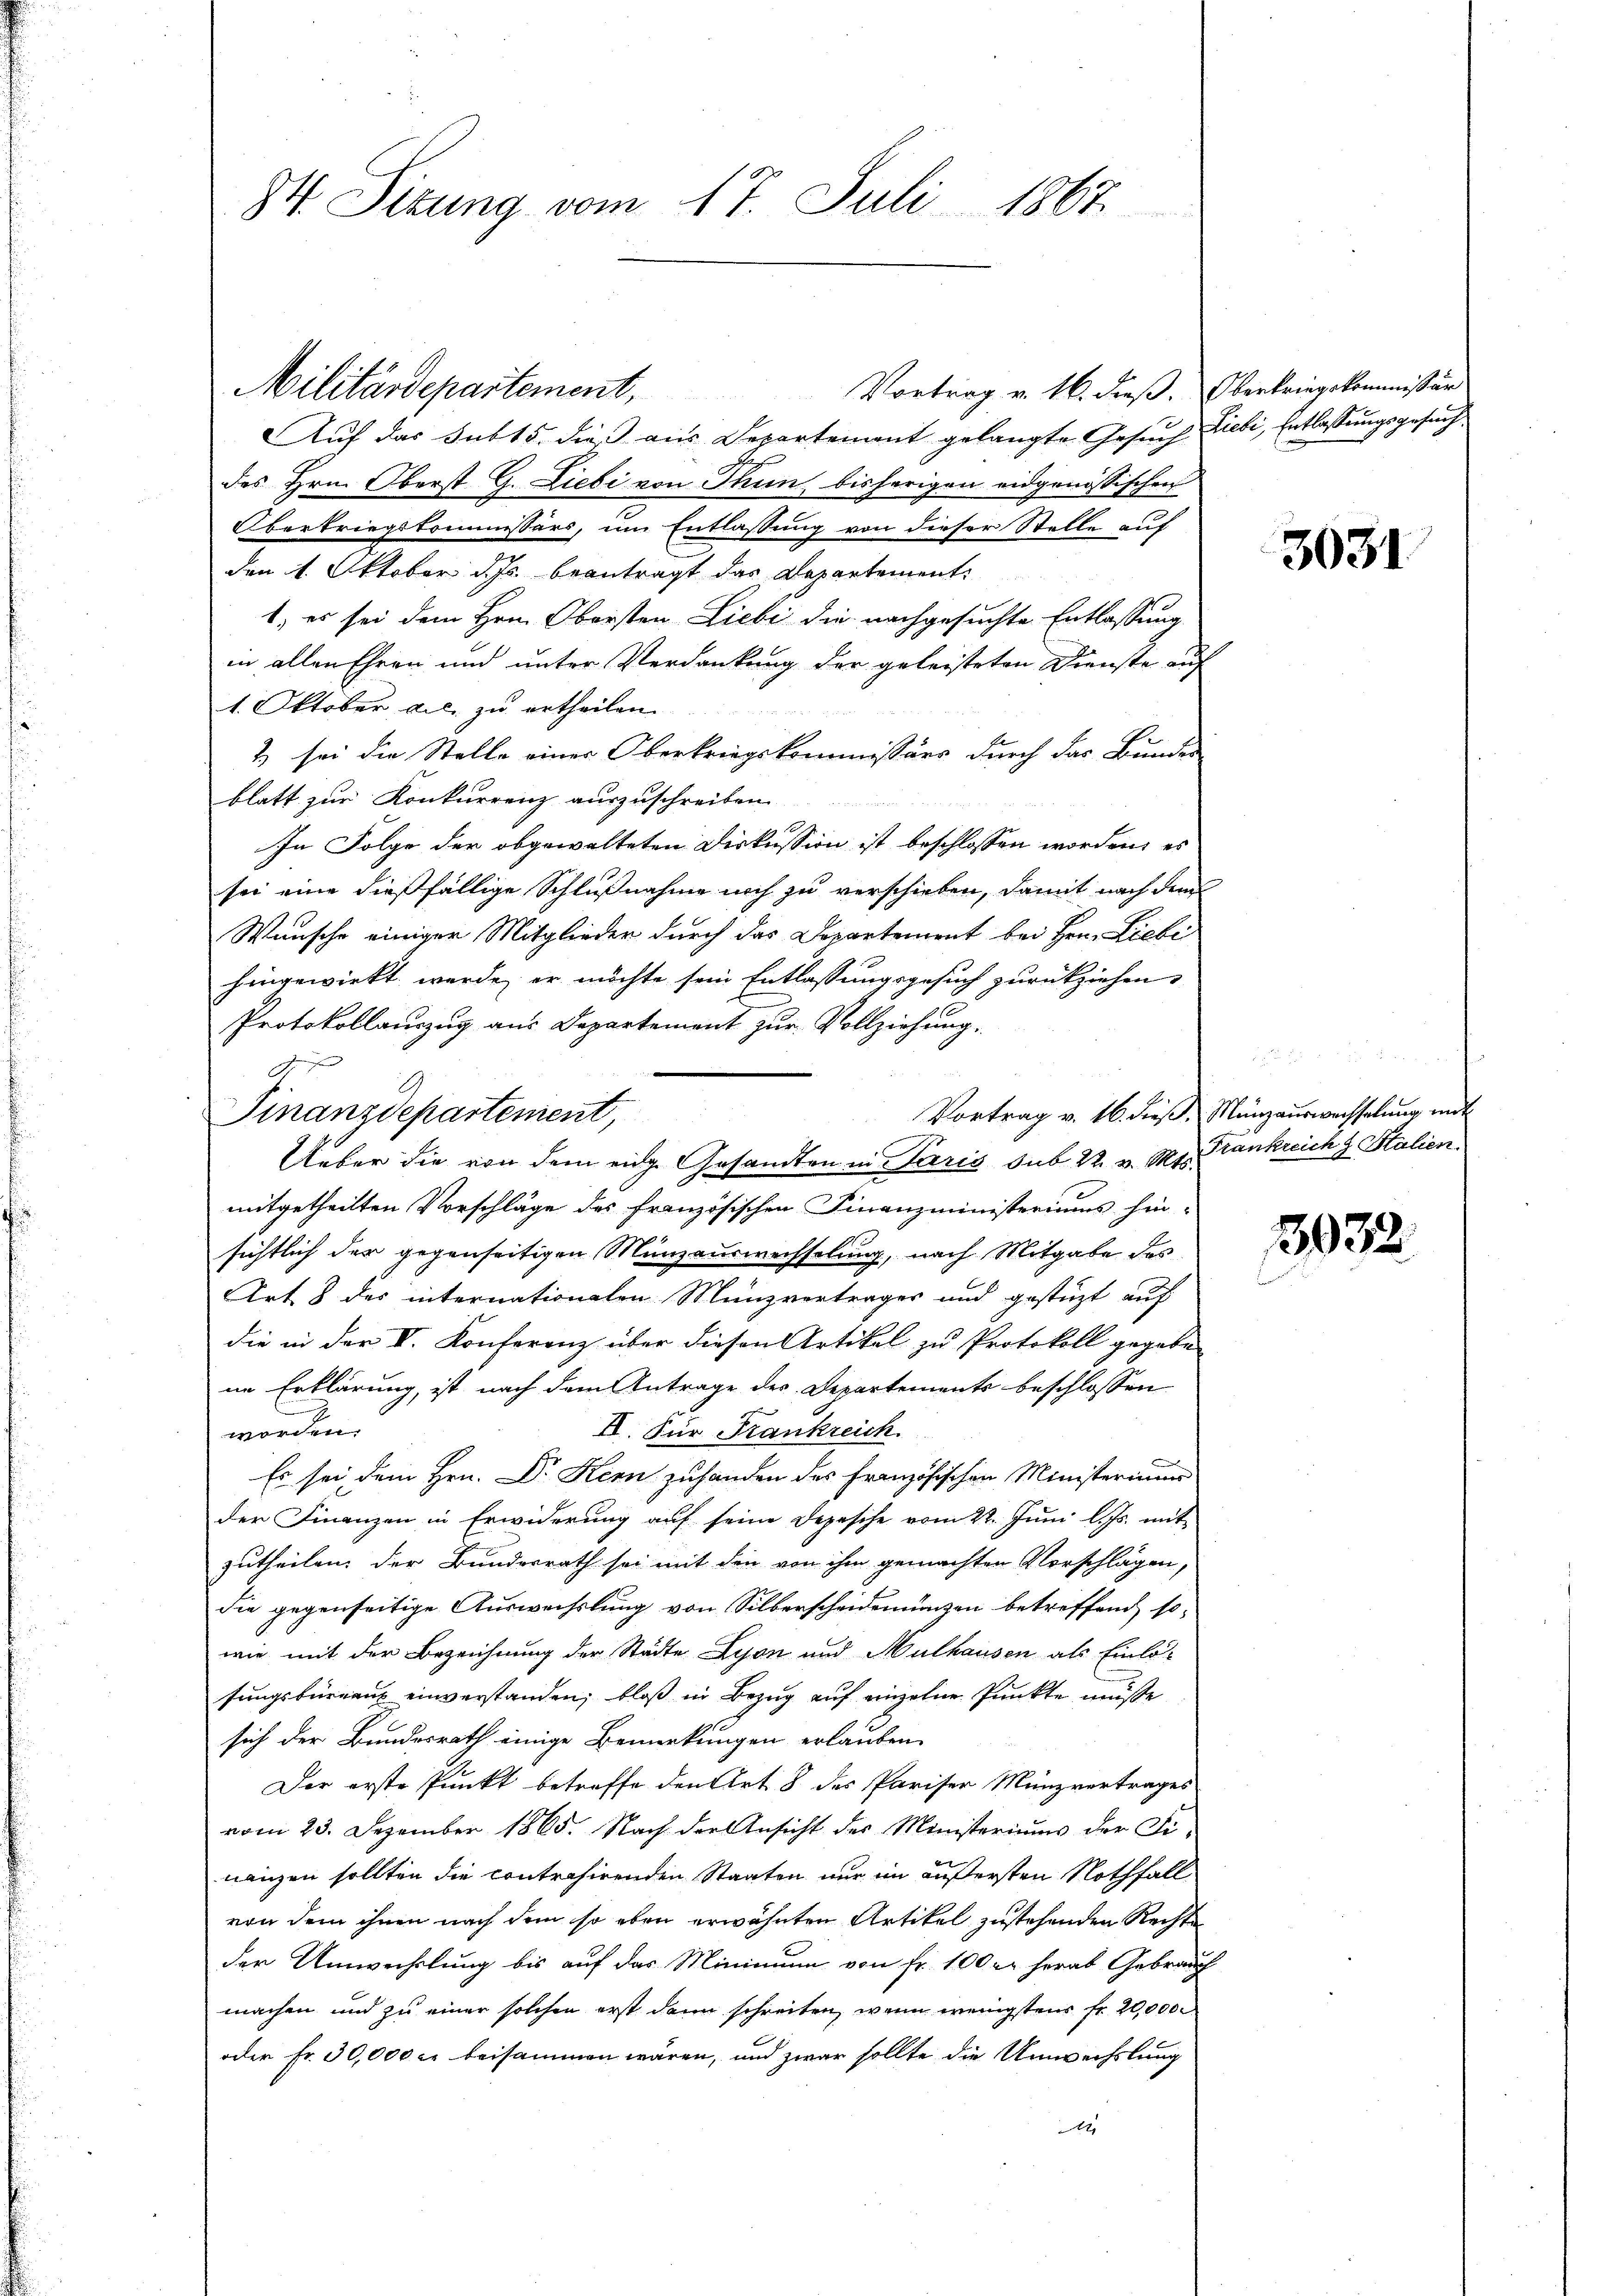
84. Sizung vom 17. Juli 1867

Militärdepartement. Vortrag v. 16. dieβ. Oberkriegskommissär
Auf das sub 15. dieß aus Departement gelangte Gesuch Liebi, Entlassungsgesuch
des Hrn. Oberst G. Liebe von Thun, bisherigen eidgenössischen
Oberkriegskommissärs, um Entlassung von dieser Stelle auf
den 1. Oktober d. Js. beantragt das Departement
1) es sei dem Hrn. Obersten Liebe die nachgesuchte Entlassung
in allen Ehren und unter Verdankung der geleisteten Dienste auf
1. Oktober die zu ertheilen.
2) sei die Stelle einer Oberkriegskommissärs durch das Bunden
blatt zur Konkurrenz auszuschreiben.
In Folge der obgewalteten Diskussion ist beschlossen worden; es
sei eine dießfällige Schlußnahme noch zu verschieben, damit nach dem
Wunsche einiger Mitglieder durch das Departement bei Hrn. Liebe
hingewirkt werde, er möchte sein Entlassungsgesuch zurückziehen,
Protokollauszug aus Departement zur Vollziehung.
7.
Vortrag v. 16. dieß, Münzauswachselung mit
Ueber die von dem eige Gesandten in Paris sub. 2. v. M. Krankreich z. Stalien.
mitgetheilten Vorschläge des französischen Finanzministeriums hin-
sichtlich der gegenseitigen Münzauswechselung, nach Mitgabe des
Art. 8 des internationalen Münzvertrages und gestützt auf
die in der V. Konferenz über diesen Artikel zu Protokoll gegebe
ne Erklärung, ist nach dem Antrage des Departements beschlossen
II. Für Frankreich
worden.
Es sei dem Hrn. Dr Kern zuhanden des Französischen Ministeriums
der Finanzen in Erwiderung auf seine Depesche vom 22. Juni l. Js. mit
zutheilen, der Bundesrath sei mit den von ihm gemachten Vorschlägen,
die gegenseitige Auswechslung von Silberscheidenunzen betreffend so-
wie mit der Bezeichnung der Städte Lyon und Mulhausen als Einlö-
sungsbüreaus einverstanden; bloß in Bezug auf einzelne Punkte müsse
sich der Bundesrath einige Bemerkungen erlauben.
Der erste Punkt betreffe den Art. 8 des Pariser Münzvertrages
vom 23. Dezember 1865. Nach der Ansicht des Ministeriums der Finanzen sollten die contrahirenden Staaten nur im äußersten Nothfall
von dem ihnen nach dem so eben erwähnten Artikel zustehenden Rechte
der Umwechslung bis auf das Minimum von fr. 100 er herab Gebrauch
machen und zu einer solchen erst dann schreiten, wenn wenigstens fr. 20,000
oder Fr. 30,000 c. beisammen wären, und zwar sollte die Umwechslung
2

Finanzdepartement,

3031

8932.